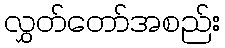
လွှတ်တော်အစည်း